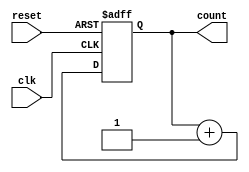
module synchronous_counter (
    input wire clk,
    input wire reset,
    output reg [3:0] count
);

always @(posedge clk or posedge reset)
begin
    if (reset)
        count <= 4'b0000;
    else
        count <= count + 1;
end

endmodule